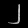
Digit: ၂